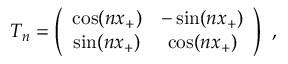
T _ { n } = \left( \begin{array} { c c } { { \cos ( n x _ { + } ) } } & { { - \sin ( n x _ { + } ) } } \\ { { \sin ( n x _ { + } ) } } & { { \cos ( n x _ { + } ) } } \end{array} \right) \, \, ,